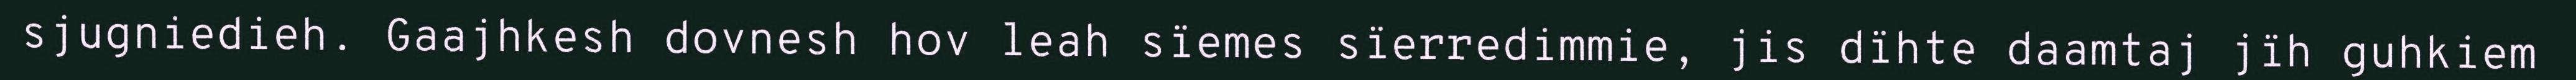
sjugniedieh. Gaajhkesh dovnesh hov leah sïemes sïerredimmie, jis dïhte daamtaj jïh guhkiem